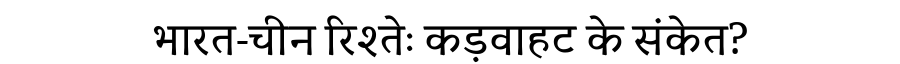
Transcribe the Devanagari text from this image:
भारत-चीन रिश्तेः कड़वाहट के संकेत?